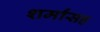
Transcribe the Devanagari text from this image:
शर्मांसह